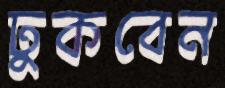
ঢুকবেন